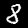
Label: 8